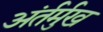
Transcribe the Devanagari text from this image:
अंर्तर्मुख